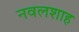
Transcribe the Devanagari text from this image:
नवलशाह